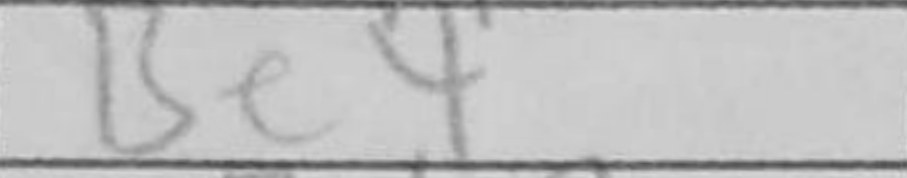
Transcription: Be4